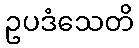
ဥပဒံသေတိ